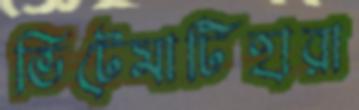
ভিটেমাটিহারা